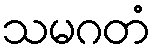
သမဂတံ